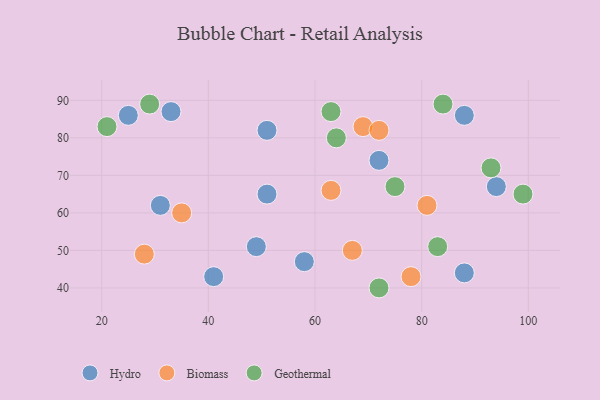
{"axis": {"x": "GDP", "y": "Life Expectancy"}, "legend": ["Biomass", "Geothermal", "Hydro"], "data": [{"x": "88", "y": 86, "type": "Hydro"}, {"x": "94", "y": 67, "type": "Hydro"}, {"x": "41", "y": 43, "type": "Hydro"}, {"x": "25", "y": 86, "type": "Hydro"}, {"x": "31", "y": 62, "type": "Hydro"}, {"x": "88", "y": 44, "type": "Hydro"}, {"x": "49", "y": 51, "type": "Hydro"}, {"x": "51", "y": 65, "type": "Hydro"}, {"x": "58", "y": 47, "type": "Hydro"}, {"x": "51", "y": 82, "type": "Hydro"}, {"x": "72", "y": 74, "type": "Hydro"}, {"x": "33", "y": 87, "type": "Hydro"}, {"x": "81", "y": 62, "type": "Biomass"}, {"x": "67", "y": 50, "type": "Biomass"}, {"x": "69", "y": 83, "type": "Biomass"}, {"x": "72", "y": 82, "type": "Biomass"}, {"x": "28", "y": 49, "type": "Biomass"}, {"x": "63", "y": 66, "type": "Biomass"}, {"x": "78", "y": 43, "type": "Biomass"}, {"x": "35", "y": 60, "type": "Biomass"}, {"x": "83", "y": 51, "type": "Geothermal"}, {"x": "84", "y": 89, "type": "Geothermal"}, {"x": "72", "y": 40, "type": "Geothermal"}, {"x": "75", "y": 67, "type": "Geothermal"}, {"x": "29", "y": 89, "type": "Geothermal"}, {"x": "64", "y": 80, "type": "Geothermal"}, {"x": "93", "y": 72, "type": "Geothermal"}, {"x": "63", "y": 87, "type": "Geothermal"}, {"x": "99", "y": 65, "type": "Geothermal"}, {"x": "21", "y": 83, "type": "Geothermal"}]}